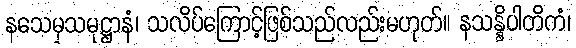
နသေမှသမုဋ္ဌာနံ၊ သလိပ်ကြောင့်ဖြစ်သည်လည်းမဟုတ်။ နသန္နိပါတိကံ၊